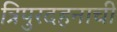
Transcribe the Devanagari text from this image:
त्रिपुरदहनाची